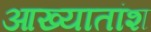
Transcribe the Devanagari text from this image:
आख्यातांश